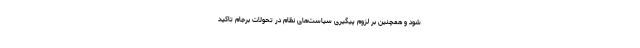
شود و همچنین بر لزوم پیگیری سیاست‌های نظام در تحولات برجام تاکید